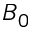
B _ { 0 }